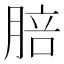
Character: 䏽